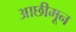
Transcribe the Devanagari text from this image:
आछीमून